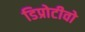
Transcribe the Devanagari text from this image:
डिप्रोटीवो